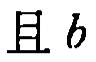
且 \(b\)